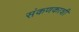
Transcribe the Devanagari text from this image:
संकणकाशी